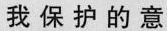
我保护的意